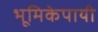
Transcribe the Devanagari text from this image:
भूमिकेपायी